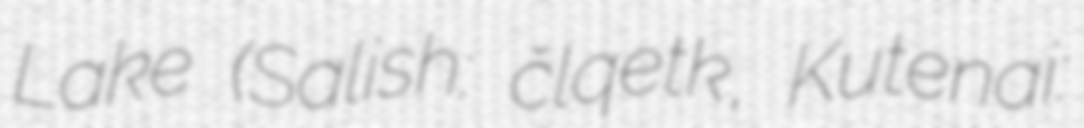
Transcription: Lake (Salish: člq̓etkʷ, Kutenai: